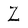
Character: Z